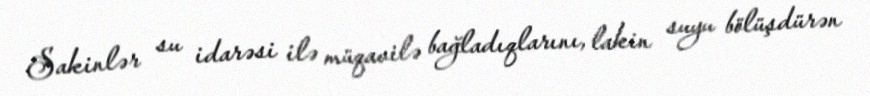
Sakinlər su idarəsi ilə müqavilə bağladıqlarını, lakin suyu bölüşdürən